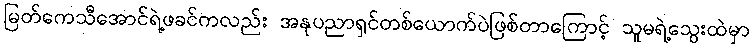
မြတ်ကေသီအောင်ရဲ့ဖခင်ကလည်း အနုပညာရှင်တစ်ယောက်ပဲဖြစ်တာကြောင့် သူမရဲ့သွေးထဲမှာ